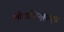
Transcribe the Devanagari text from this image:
लौगाक्षिगृह्यसूत्र